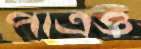
পাত্রও